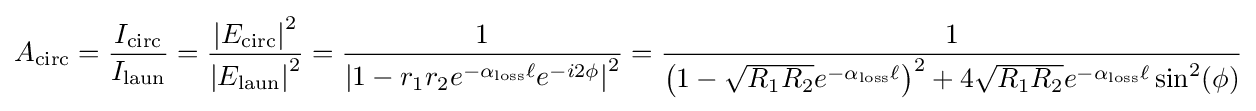
A_{\rm {circ}}={\frac {I_{\rm {circ}}}{I_{\rm {laun}}}}={\frac {\left|E_{\rm {circ}}\right|^{2}}{\left|E_{\rm {laun}}\right|^{2}}}={\frac {1}{\left|1-r_{1}r_{2}e^{-\alpha _{\rm {loss}}\ell }e^{-i2\phi }\right|^{2}}}={\frac {1}{\left({1-{\sqrt {R_{1}R_{2}}}e^{-\alpha _{\rm {loss}}\ell }}\right)^{2}+4{\sqrt {R_{1}R_{2}}}e^{-\alpha _{\rm {loss}}\ell }\sin ^{2}(\phi )}}